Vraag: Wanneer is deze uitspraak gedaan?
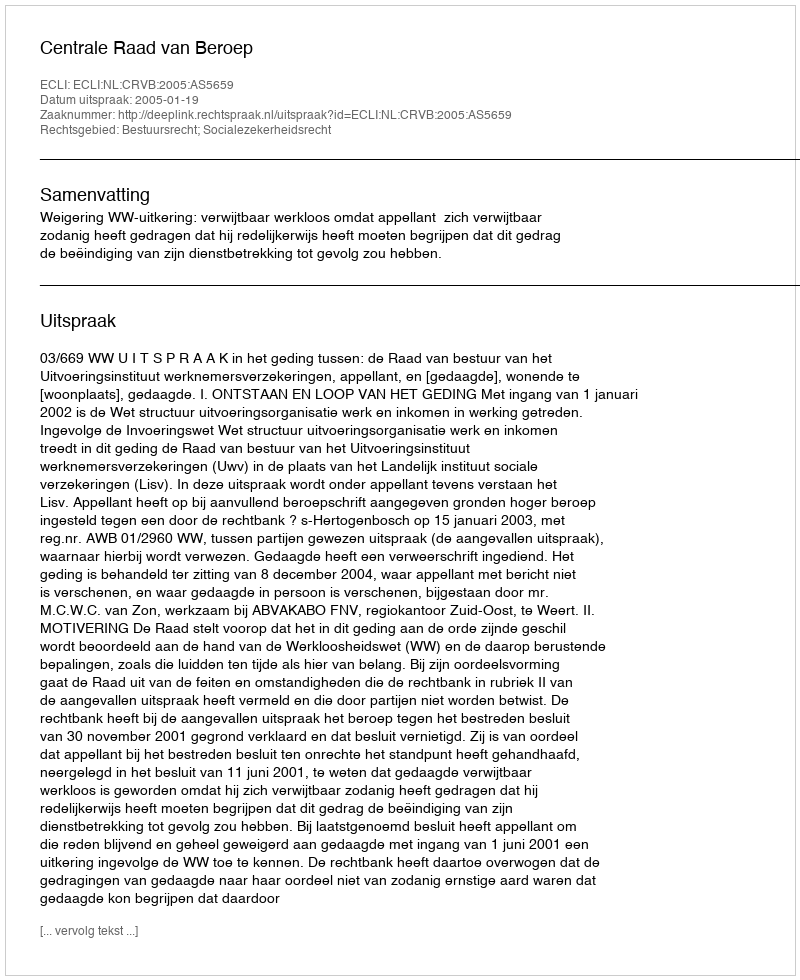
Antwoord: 2005-01-19